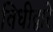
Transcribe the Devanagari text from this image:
विधीद्वारे